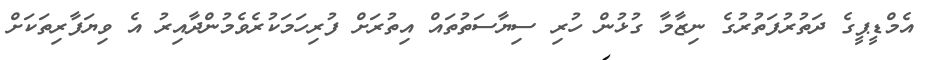
އެމްޑީޕީގެ ދަތުރުފަތުރުގެ ނިޒާމާ ގުޅުން ހުރި ސިޔާސަތުތައް އިތުރަށް ފުރިހަމަކުރެވެމުންދާއިރު އެ ވިޔަފާރިތަކަށް